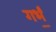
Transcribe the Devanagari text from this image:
गर्भं॒